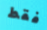
فقط